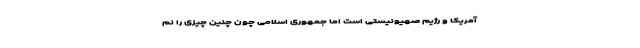
آمریکا و رژیم صهیونیستی است اما جمهوری اسلامی چون چنین چیزی را نم